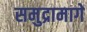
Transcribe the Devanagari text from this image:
समुद्रामागे